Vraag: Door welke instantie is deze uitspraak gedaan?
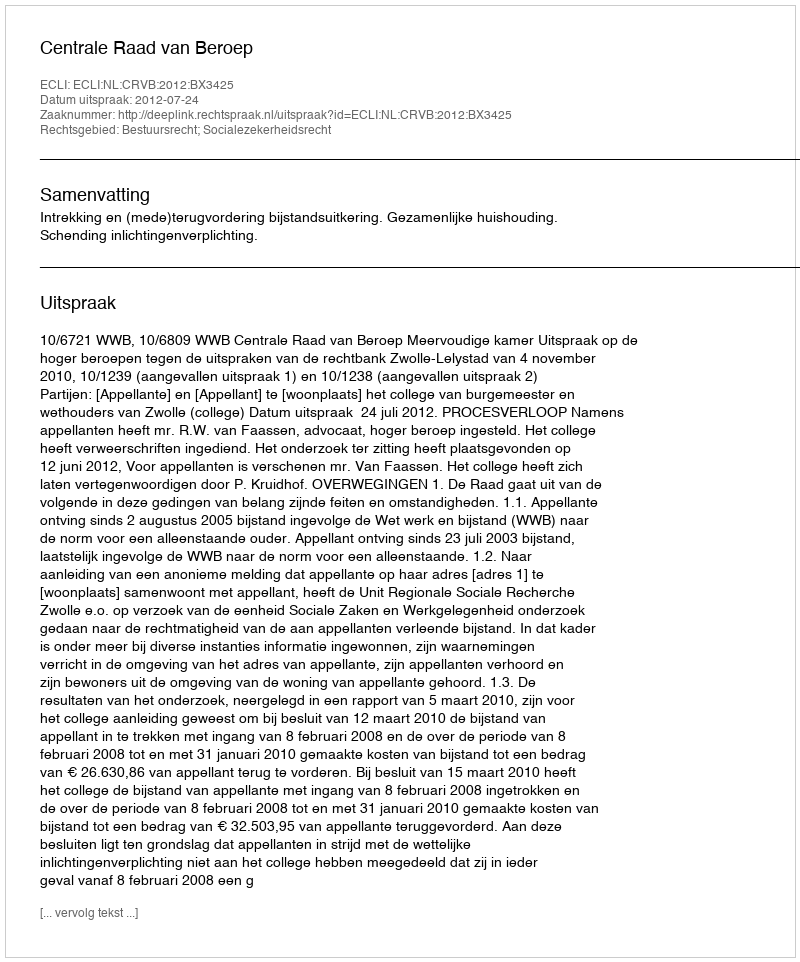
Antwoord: Centrale Raad van Beroep